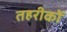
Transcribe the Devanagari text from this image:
तहरीकों